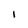
Character: I